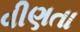
વીણતા